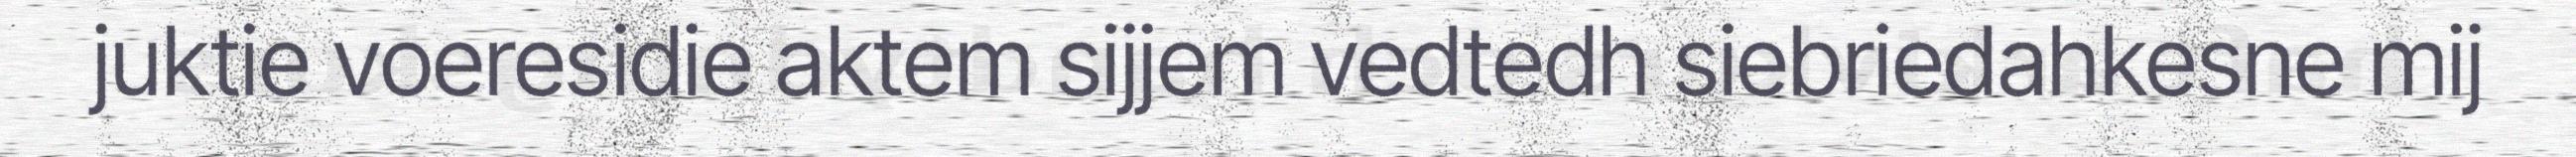
juktie voeresidie aktem sijjem vedtedh siebriedahkesne mij